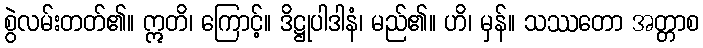
စွဲလမ်းတတ်၏။ ဣတိ၊ ကြောင့်။ ဒိဋ္ဌုပါဒါနံ၊ မည်၏။ ဟိ၊ မှန်။ သဿတော အတ္တာစ